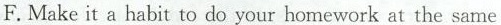
F.Make it a habit to do your homework at the same